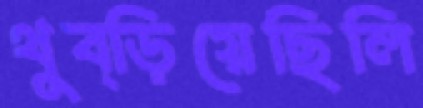
থুব্‌ড়িয়েছিলি